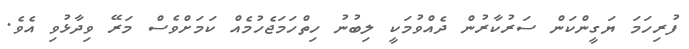
ފުރިހަމަ ޔަގީންކަން ސަރުކާރުން ދެއްވުމަކީ ލިބުނު ހިތްހަމަޖެހުމެއް ކަމަށްވެސް މަރޭ ވިދާޅުވި އެވެ.